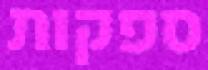
ספקות